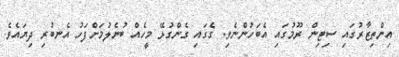
އިންތިޒާރުގައި ސިޓިން ރޫމުގައި އެބަހުންނެވި. ގެގައި ގެންގުޅޭ މީހެއް ބުނެލުމަށްފަހު އެނބުރި ދިޔައެވެ.